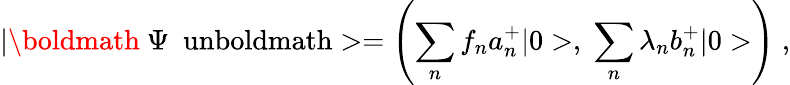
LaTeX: |\mathrm{\boldmath~\Psi~\ unboldmath}>=\left(\sum_{n}f_{n}a_{n}^{+}|0>,\; \sum_{n}\lambda_{n}b_{n}^{+}|0>\right)\; ,